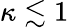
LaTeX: \kappa\lesssim 1